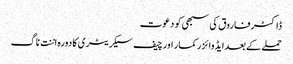
ڈاکٹر فاروق کی سبھی کو دعوت
حملے کے بعدایڈوائزر کمار اور چیف سیکریٹری کا دورہ اننت ناگ